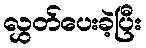
လွှတ်ပေးခဲ့ပြီး